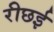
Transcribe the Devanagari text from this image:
रीछई